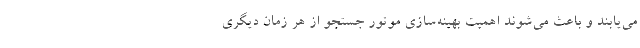
می‌یابند و باعث می‌شوند اهمیت بهینه‌سازی موتور جستجو از هر زمان دیگری